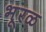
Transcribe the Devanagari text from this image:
भूरळ